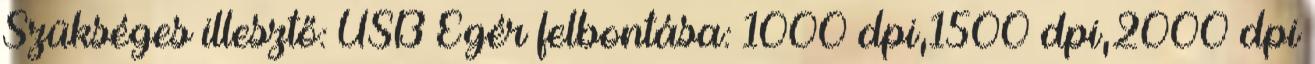
Szükséges illesztő: USB Egér felbontása: 1000 dpi,1500 dpi,2000 dpi